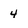
Character: 4